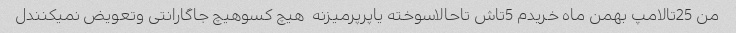
من 25تالامپ بهمن ماه خریدم 5تاش تاحالاسوخته یاپرپرمیزنه  هیچ کسوهیچ جاگارانتی وتعویض نمیکنندل